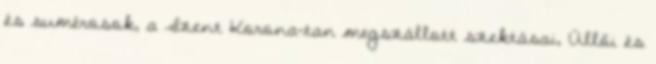
és sumérosok, a Szent Korona-tan megszállott szektásai, Üllői és